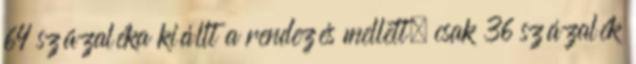
64 százaléka kiállt a rendezés mellett, csak 36 százalék